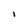
Character: I